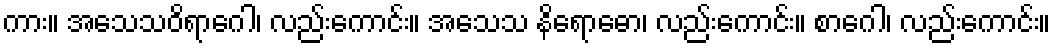
ကား။ အသေသဝိရာဂေါ၊ လည်းကောင်း။ အသေသ နိရောဓော၊ လည်းကောင်း။ စာဂေါ၊ လည်းကောင်း။